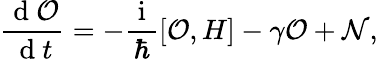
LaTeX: \frac{\mathrm{~d~}\mathcal{O}}{\mathrm{~d~}t}=-\frac{\mathrm{~i~}}{\hbar}[\mathcal{O},H]-\gamma\mathcal{O}+\mathcal{N},